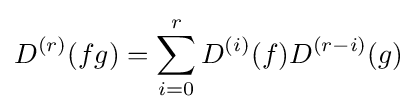
D^{(r)}(fg)=\sum _{i=0}^{r}D^{(i)}(f)D^{(r-i)}(g)